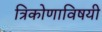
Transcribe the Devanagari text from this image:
त्रिकोणाविषयी